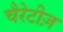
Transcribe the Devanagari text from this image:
चैरेटीज़